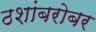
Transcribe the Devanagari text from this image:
ठशांबरोबर